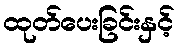
ထုတ်ပေးခြင်းနှင့်